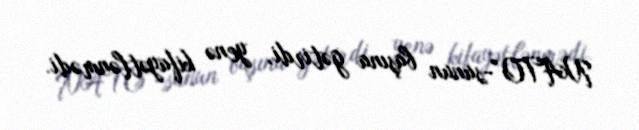
NATO”-sunun başına gətirdi, yenə kifayətlənmədi.